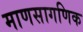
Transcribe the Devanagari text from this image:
माणसागणिक